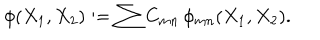
\phi ( X _ { 1 } , X _ { 2 } ) : = \sum C _ { m n } \, \phi _ { m n } ( X _ { 1 } , X _ { 2 } ) .